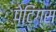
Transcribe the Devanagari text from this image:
पेटिंग्स